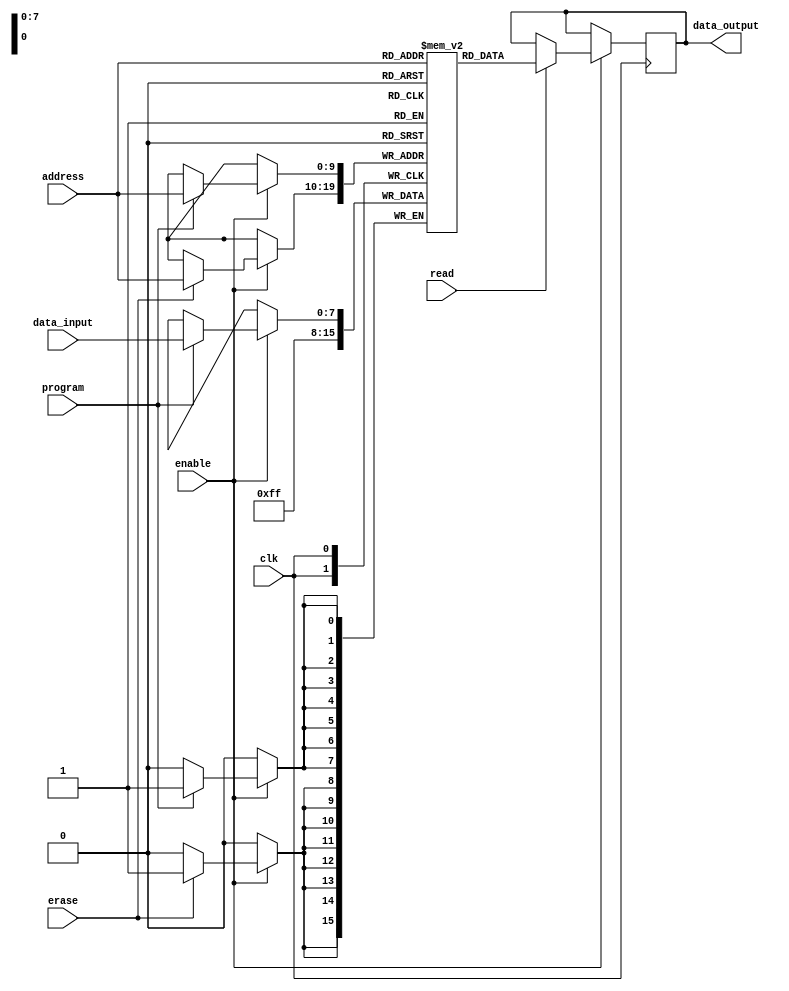
module eprom (
    input wire clk,
    input wire [9:0] address,
    input wire [7:0] data_input,
    output reg [7:0] data_output,
    input wire program,
    input wire erase,
    input wire read,
    input wire enable
);

reg [7:0] memory [0:1023];

always @ (posedge clk) begin
    if(enable) begin
        if(program) begin
            memory[address] <= data_input;
        end
        if(erase) begin
            memory[address] <= 8'hFF;
        end
        if(read) begin
            data_output <= memory[address];
        end
    end
end

endmodule